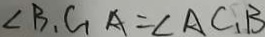
\angle B _ { 1 } C _ { 1 } A = \angle A C _ { 1 } B